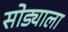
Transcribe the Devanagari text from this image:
सोड्याला